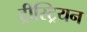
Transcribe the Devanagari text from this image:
ट्रीस्ट्रियन